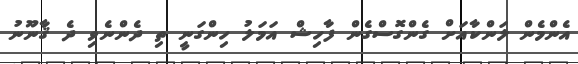
އެންމެން ލަންކާއަށް ގެންގޮސްގެން ފާހިޝް އަމަލު ހިންގަނީ ތި ދެންނެވި ދެ ޤާނޫނު